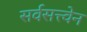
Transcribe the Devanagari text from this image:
सर्वसत्त्वेन